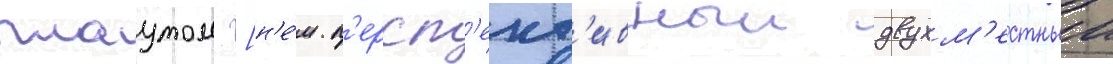
плаутом [н'е́м. п'ерсп'ект'ивныи двухм'естныи